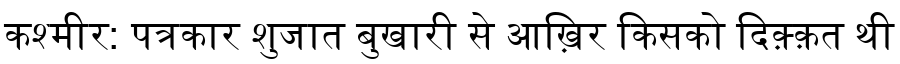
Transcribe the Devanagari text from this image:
कश्मीर: पत्रकार शुजात बुखारी से आख़िर किसको दिक़्क़त थी